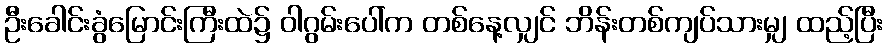
ဦးခေါင်းခွံမြောင်းကြီးထဲ၌ ဝါဂွမ်းပေါ်က တစ်နေ့လျှင် ဘိန်းတစ်ကျပ်သားမျှ ထည့်ပြီး